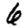
Digit: 6